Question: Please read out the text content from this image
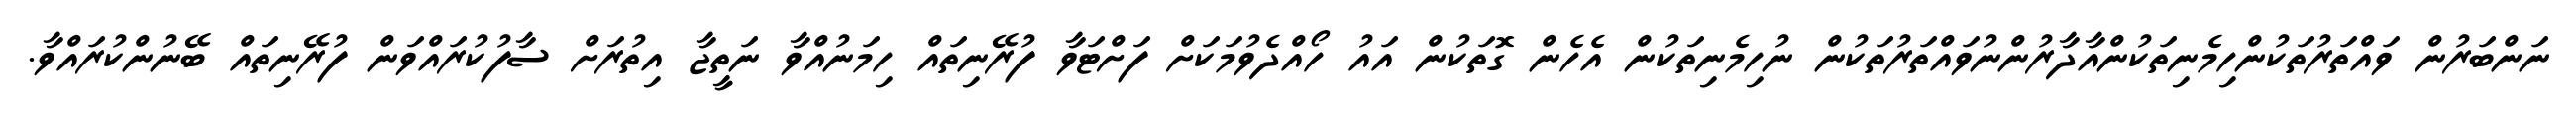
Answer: ނަންބަރުން ވައްތަރުތަކުންހިމެނިތަކުންއާދާރުންނުވައްތަރުތަކުން ނުހިމެނިތަކުން އެހެން ގޮތަކުން އައު ހޯއްދެވުމަކަށް ފަށްޓަވާ ފުރޭނިތައް ހިމަނުއްވާ ނަތީޖާ އިތުރަށް ސާފުކުރައްވަން ފުރޭނިތައް ބޭނުންކުރައްވާ.